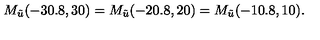
M _ { \tilde { u } } ( - 3 0 . 8 , 3 0 ) = M _ { \tilde { u } } ( - 2 0 . 8 , 2 0 ) = M _ { \tilde { u } } ( - 1 0 . 8 , 1 0 ) .